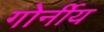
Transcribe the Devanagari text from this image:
गोर्नीय